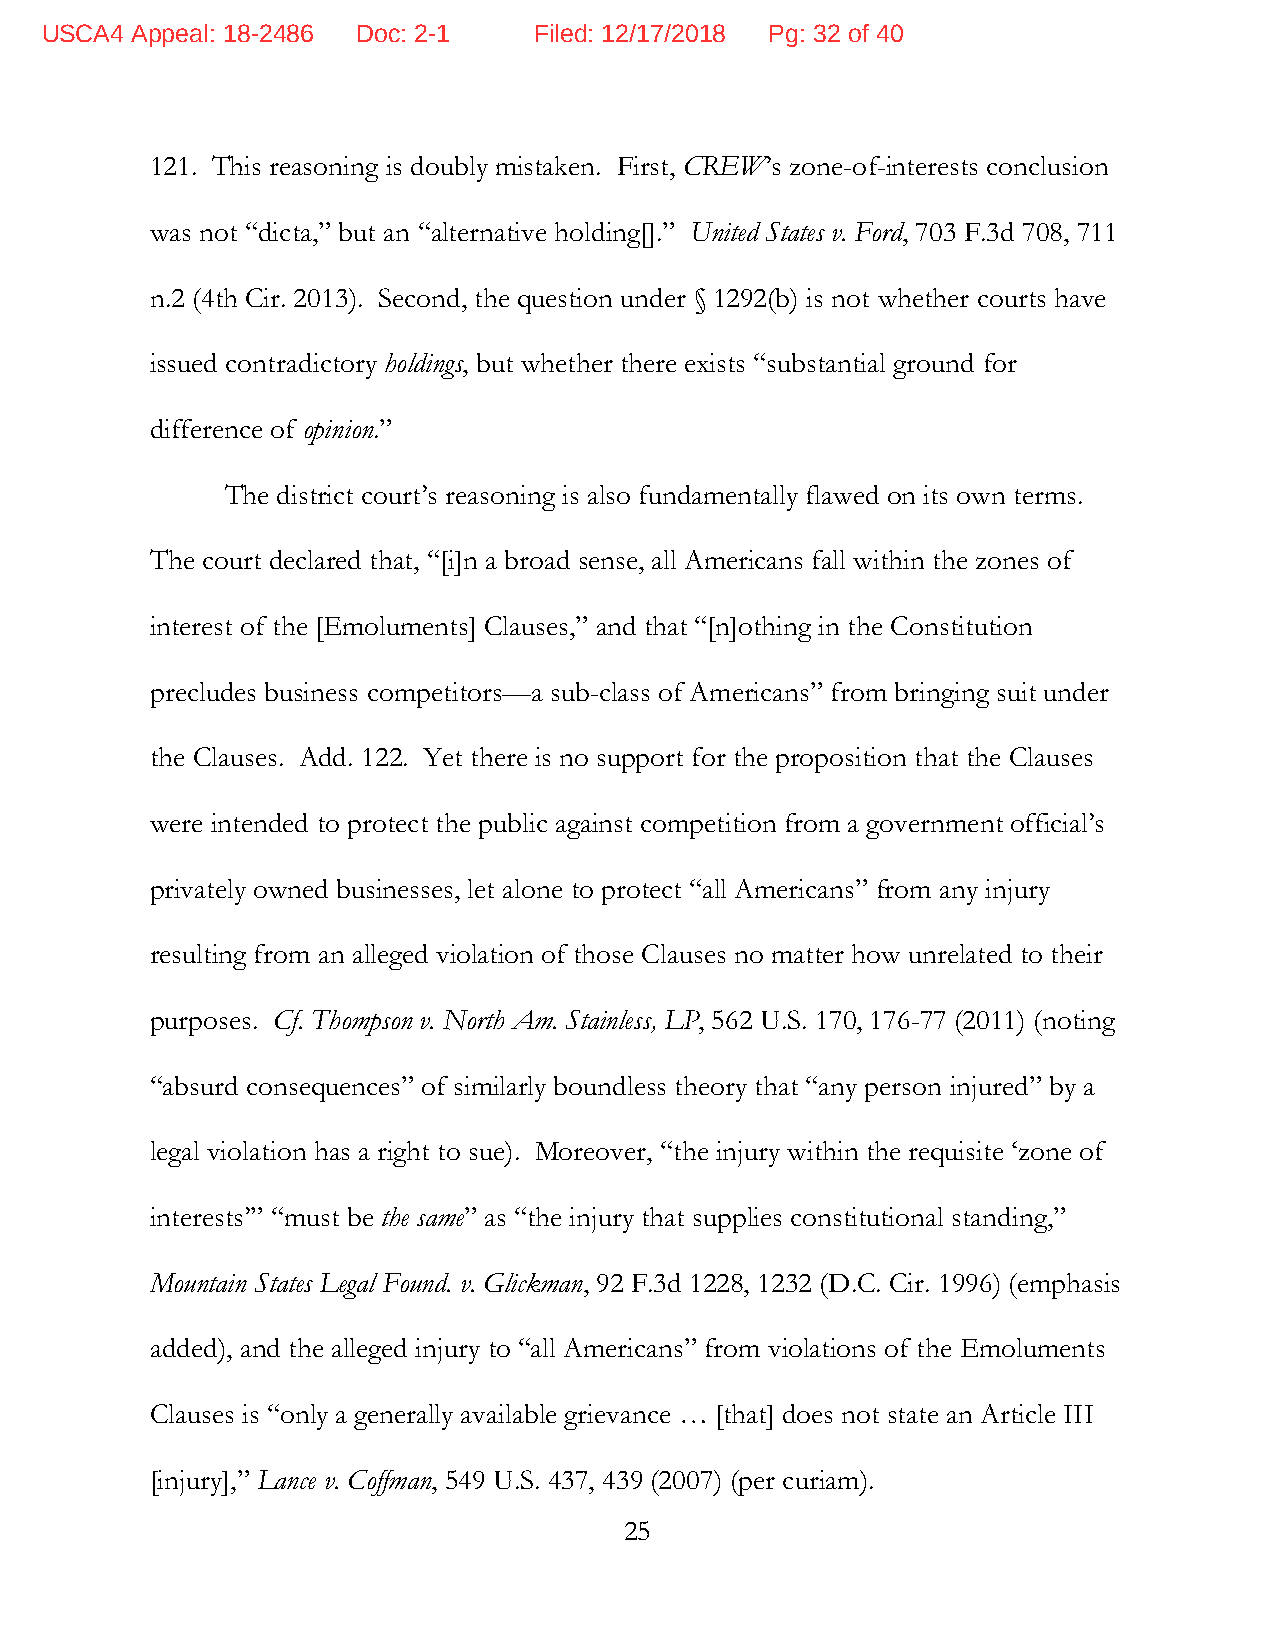
USCA4 Appeal: 18-2486 Doc: 2-1  Filed: 12/17/2018 Pg: 32 of 40
 121. This reasoning is doubly mistaken. First, CREW’s zone-of-interests conclusion
 was not “dicta,” but an “alternative holding[].” United States v. Ford, 703 F.3d 708, 711
 n.2 (4th Cir. 2013). Second, the question under § 1292(b) is not whether courts have
 issued contradictory holdings, but whether there exists “substantial ground for
 difference of opinion.”
 The district court’s reasoning is also fundamentally flawed on its own terms.
 The court declared that, “[i]n a broad sense, all Americans fall within the zones of
 interest of the [Emoluments] Clauses,” and that “[n]othing in the Constitution
 precludes business competitors—a sub-class of Americans” from bringing suit under
 the Clauses. Add. 122. Yet there is no support for the proposition that the Clauses
 were intended to protect the public against competition from a government official’s
 privately owned businesses, let alone to protect “all Americans” from any injury
 resulting from an alleged violation of those Clauses no matter how unrelated to their
 purposes. Cf. Thompson v. North Am. Stainless, LP, 562 U.S. 170, 176-77 (2011) (noting
 “absurd consequences” of similarly boundless theory that “any person injured” by a
 legal violation has a right to sue). Moreover, “the injury within the requisite ‘zone of
 interests’” “must be the same” as “the injury that supplies constitutional standing,”
 Mountain States Legal Found. v. Glickman, 92 F.3d 1228, 1232 (D.C. Cir. 1996) (emphasis
 added), and the alleged injury to “all Americans” from violations of the Emoluments
 Clauses is “only a generally available grievance … [that] does not state an Article III
 [injury],” Lance v. Coffman, 549 U.S. 437, 439 (2007) (per curiam).
 25